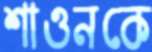
শাওনকে